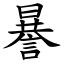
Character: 謈